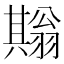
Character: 𦒙